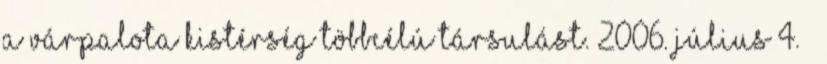
a Várpalota Kistérség Többcélú Társulást. 2006. július 4. –